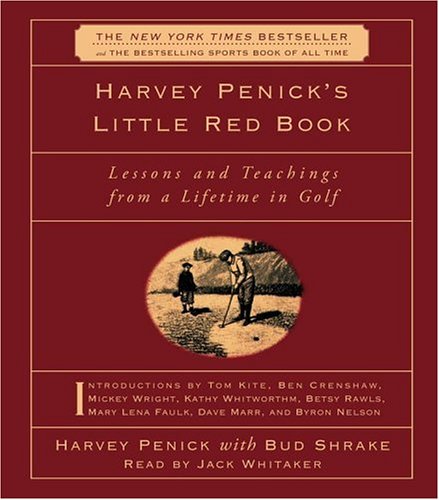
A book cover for Harvey Penick's Little Red Book: Lessons and Teachings from a Lifetime in Golf; Harvey Penick; Biographies & Memoirs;